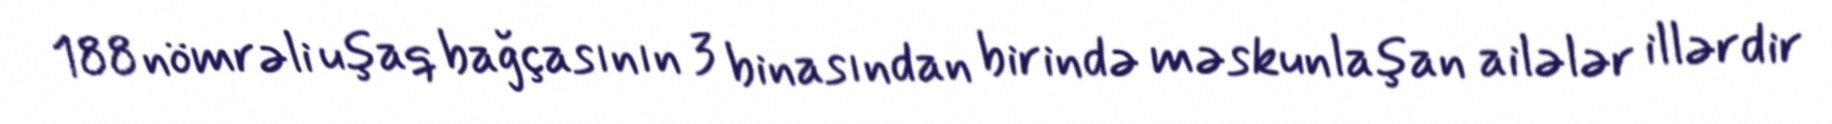
188 nömrəli uşaq bağçasının 3 binasından birində məskunlaşan ailələr illərdir